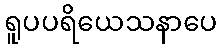
ရူပပရိယေသနာပေ